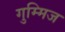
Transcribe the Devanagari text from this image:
गुम्मिज